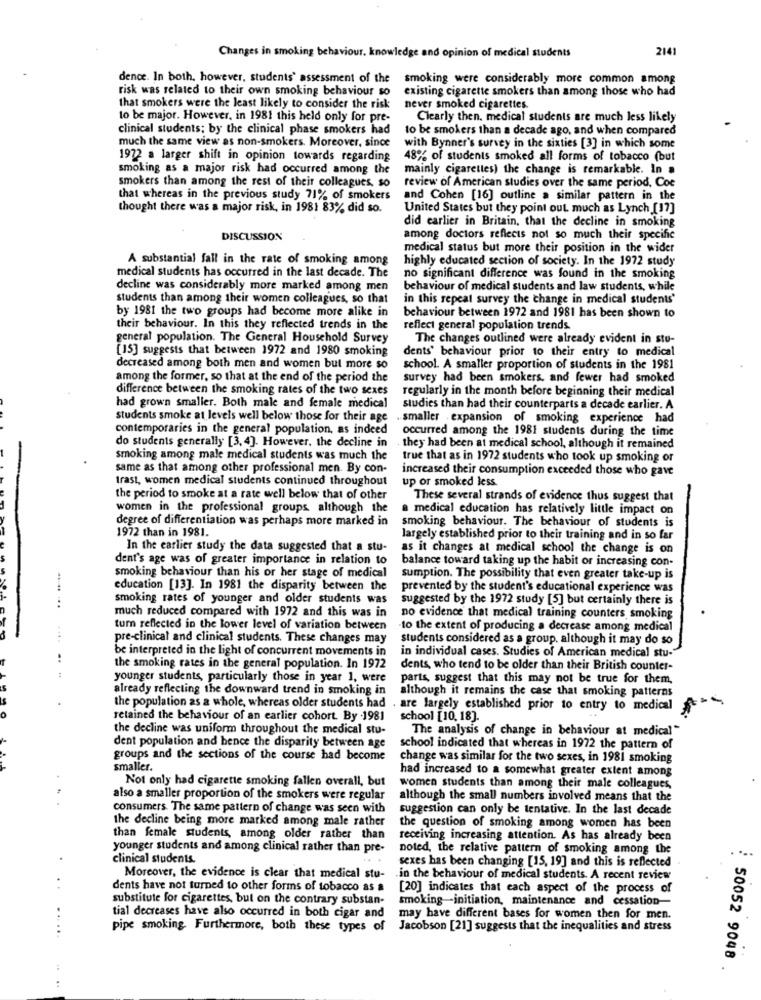
Changes in smoking behaviour. knowledge and opinion of medical students
2141
dence. In both, however, students' assessment of the
smoking were considerably more common among
risk was related to their own smoking behaviour so
existing cigarette smokers than among those who had
that smokers were the least likely to consider the risk
never smoked cigarettes
to be major. However, in 1981 this held only for pre-
Clearly then. medical students are much less likely
clinical students; by the clinical phase smokers had
to be smokers than a decade ago, and when compared
much the same view as non-smokers. Moreover, since
with Bynner's survey in the sixties [3] in which some
1972 a larger shift in opinion towards regarding
48% of students smoked all forms of tobacco (but
smoking as a major risk had occurred among the
mainly cigarettes) the change is remarkable. In a
smokers than among the rest of their colleagues, so
review of American studies over the same period, Coe
that whereas in the previous study 71% of smokers
and Cohen [16] outline a similar pattern in the
thought there was a major risk, in 1981 83% did so.
United States but they point out, much as Lynch [17]
did earlier in Britain, that the decline in smoking
DISCUSSION
among doctors reflects not so much their specific
medical status but more their position in the wider
A substantial fall in the rate of smoking among
highly educated section of society. In the 1972 study
medical students has occurred in the last decade. The
no significant difference was found in the smoking
decline was considerably more marked among men
behaviour of medical students and law students, while
students than among their women colleagues, so that
in this repeat survey the change in medical students'
by 1981 the two groups had become more alike in
behaviour between 1972 and 1981 has been shown to
their behaviour. In this they reflected trends in the
reflect general population trends
general population. The General Household Survey
The changes outlined were already evident in stu-
[15] suggests that between 1972 and 1980 smoking
dents' behaviour prior to their entry to medical
decreased among both men and women but more so
school. A smaller proportion of students in the 1981
among the former, so that at the end of the period the
survey had been smokers, and fewer had smoked
difference between the smoking rates of the two sexes
regularly in the month before beginning their medical
had grown smaller. Both male and female medical
studies than had their counterparts a decade earlier. A
Students smoke at levels well below those for their age
. smaller expansion of smoking experience had
contemporaries in the general population, as indeed
occurred among the 1981 students during the time
do students generally [3, 4]. However, the decline in
.they had been at medical school, although it remained
smoking among male medical students was much the
true that as in 1972 students who took up smoking or
same as that among other professional men. By con-
increased their consumption exceeded those who gave
trast, women medical students continued throughout
up or smoked less
the period to smoke at a rate well below that of other
These several strands of evidence thus suggest that
women in the professional groups although the
a medical education has relatively little impact on
degree of differentiation was perhaps more marked in
1972 than in 1981.
smoking behaviour. The behaviour of students is
largely established prior to their training and in so far
In the earlier study the data suggested that a stu-
as it changes at medical school the change is on
dent's age was of greater importance in relation to
balance toward taking up the habit or increasing con-
smoking behaviour than his or her stage of medical
sumption. The possibility that even greater take-up is
education [13]. In 1981 the disparity between the
prevented by the student's educational experience was
smoking rates of younger and older students was
suggested by the 1972 study [5] but certainly there is
much reduced compared with 1972 and this was in
no evidence that medical training counters, smoking
tum reflected in the lower level of variation between
-to the extent of producing a decrease among medical
pre-clinical and clinical students. These changes may
students considered as a group, although it may do so
in individual cases. Studies of American medical stu-
be interpreted in the light of concurrent movements in
the smoking rates in the general population. In 1972
dents, who tend to be older than their British counter-
younger students, particularly those in year 1, were
parts, suggest that this may not be true for them,
already reflecting the downward trend in smoking in
although it remains the case that smoking patterns
the population as a whole, whereas older students had . are largely established prior to entry to medical
retained the behaviour of an earlier cohort. By 1981
school [10, 18].
the decline was uniform throughout the medical stu-
The analysis of change in behaviour at medical"
dent population and hence the disparity between age
school indicated that whereas in 1972 the pattern of
groups and the sections of the course had become
change was similar for the two sexes, in 1981 smoking
smaller.
had increased to a somewhat greater extent among
Not only had cigarette smoking fallen overall, but
women students than among their male colleagues,
also a smaller proportion of the smokers were regular
although the small numbers involved means that the
consumers. The same pattern of change was seen with
suggestion can only be tentative. In the last decade
the decline being more marked among male rather
the question of smoking among women has been
than female students, among older rather than
receiving increasing attention. As has already been
younger students and among clinical rather than pre-
noted, the relative pattern of smoking among the
clinical students.
sexes has been changing [15, 19] and this is reflected
Moreover, the evidence is clear that medical stu-
in the behaviour of medical students. A recent review
dents have not turned to other forms of tobacco as a
[20] indicates that each aspect of the process of
substitute for cigarettes, but on the contrary substan-
smoking-initiation, maintenance and cessation-
tial decreases have also occurred in both cigar and
may have different bases for women then for men.
pipe smoking. Furthermore, both these types of
Jacobson [21] suggests that the inequalities and stress
: 50052 9048 .